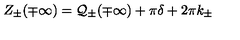
Z _ { \pm } ( \mp \infty ) = { \cal Q } _ { \pm } ( \mp \infty ) + \pi \delta + 2 \pi k _ { \pm }